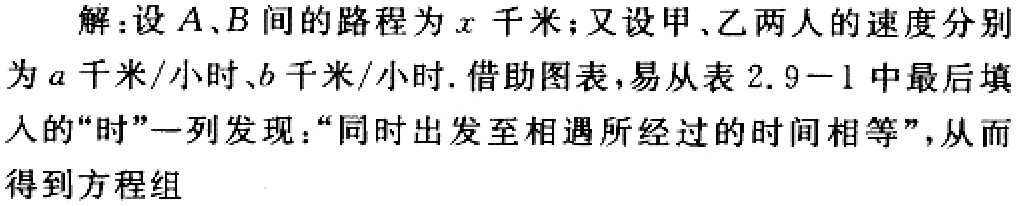
解：设\(A、B\)间的路程为\(x\)千米；又设甲、乙两人的速度分别为\(a\)千米/小时、\(b\)千米/小时. 借助图表，易从表\(2.9 - 1\)中最后填入的“时”一列发现：“同时出发至相遇所经过的时间相等”，从而得到方程组